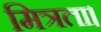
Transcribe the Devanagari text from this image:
मित्रता।